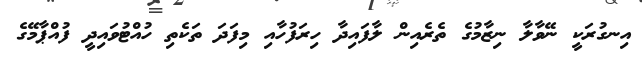
އިނގުރަކީ ނޭވާލާ ނިޒާމުގެ ތެރެއިން ލާފައިދާ ހިރަފުހާއި މިފަދަ ތަކެތި ހުއްޓުވައިދީ ފުއްޕާމޭގެ